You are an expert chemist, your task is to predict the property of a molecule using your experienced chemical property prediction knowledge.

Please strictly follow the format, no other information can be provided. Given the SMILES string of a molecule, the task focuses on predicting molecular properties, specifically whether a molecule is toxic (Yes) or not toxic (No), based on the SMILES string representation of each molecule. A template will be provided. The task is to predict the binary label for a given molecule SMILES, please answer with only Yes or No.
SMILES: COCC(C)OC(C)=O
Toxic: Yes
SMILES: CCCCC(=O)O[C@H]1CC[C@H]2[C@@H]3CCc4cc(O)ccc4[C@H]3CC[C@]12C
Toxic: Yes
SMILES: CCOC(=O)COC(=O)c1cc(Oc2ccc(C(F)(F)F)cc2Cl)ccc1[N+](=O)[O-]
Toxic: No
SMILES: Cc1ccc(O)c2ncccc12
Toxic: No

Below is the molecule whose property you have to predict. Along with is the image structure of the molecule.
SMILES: CN1CCC[C@H]1c1cccnc1
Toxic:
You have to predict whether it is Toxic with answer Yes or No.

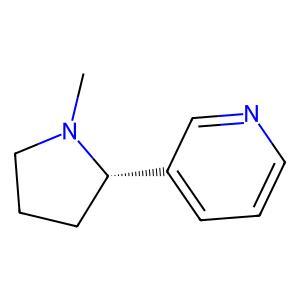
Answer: No